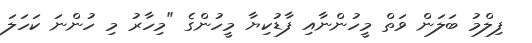
ފިލްމު ބަލަން ވަތް މީހުންނާއި ފާޑުކިޔާ މީހުންގެ "މިހާރު މި ހުންނަ ކަހަލަ